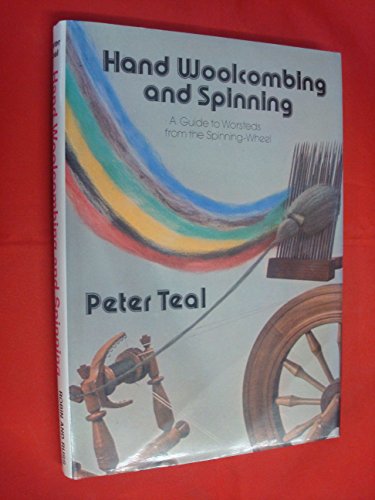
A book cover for Hand woolcombing and spinning: A guide to worsteds from the spinning-wheel; Peter Teal; Crafts, Hobbies & Home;